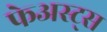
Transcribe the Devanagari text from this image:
फेअस्ट्स